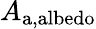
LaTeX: A_{\mathrm{a,albedo}}